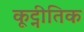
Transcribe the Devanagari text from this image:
कूट्नीतिक